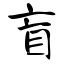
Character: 盲